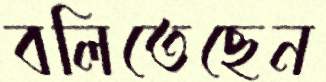
বলিতেছেন